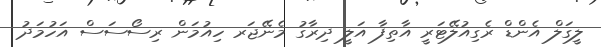
ލީގަލް އެންޑް ރެގިއުލޭޓަރީ އާތިފާ އަލީ ދިރާގު މެނޭޖަރ ހިއުމަން ރިސޯސަސް އަހުމަދު